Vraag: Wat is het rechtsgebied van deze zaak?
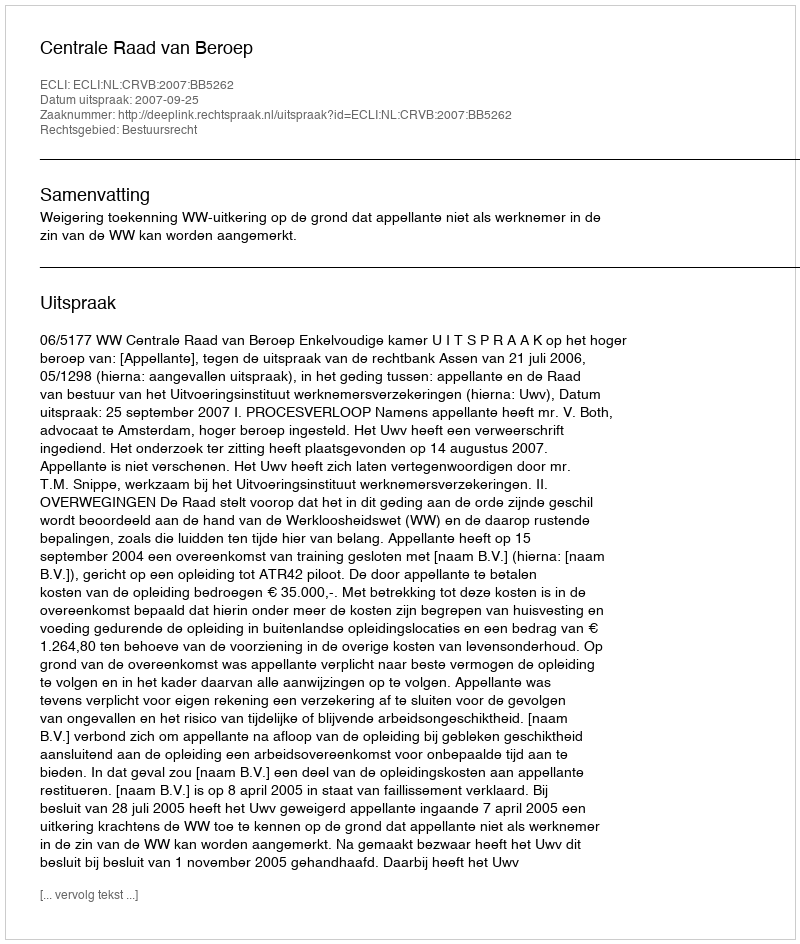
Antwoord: Bestuursrecht